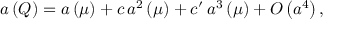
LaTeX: a \left( Q \right) = a \left( \mu \right) + c \, a ^ { 2 } \left( \mu \right) + c ^ { \prime } \, a ^ { 3 } \left( \mu \right) + O \left( a ^ { 4 } \right) ,